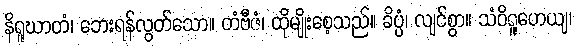
နိရူဃာတံ၊ ဘေးရန်လွတ်သော။ တံဗီဇံ၊ ထိုမျိုးစေ့သည်။ ခိပ္ပံ၊ လျင်စွာ။ သံဝိရူဟေယျ၊